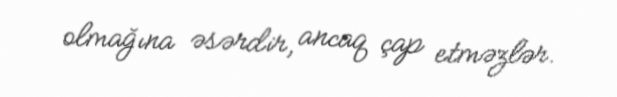
olmağına əsərdir, ancaq çap etməzlər.